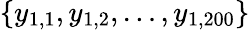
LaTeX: \{ y_{1,1},y_{1,2},\dots,y_{1,200}\}